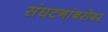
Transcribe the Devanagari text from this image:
संघटनांबरोबर